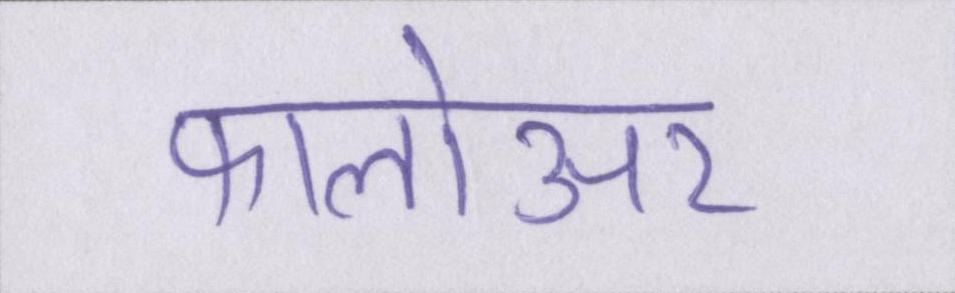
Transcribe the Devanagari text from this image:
फालोअर